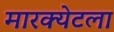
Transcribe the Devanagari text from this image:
मारक्येटला